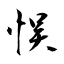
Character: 悮